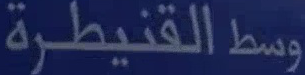
وسطالقنيطرة